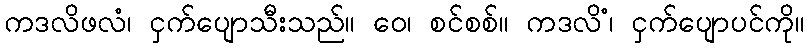
ကဒလိဖလံ၊ ငှက်ပျောသီးသည်။ ဝေ၊ စင်စစ်။ ကဒလိံ၊ ငှက်ပျောပင်ကို။